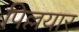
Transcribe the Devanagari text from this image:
पिल्लयार